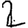
Digit: 2